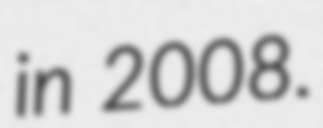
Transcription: in 2008.